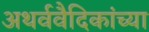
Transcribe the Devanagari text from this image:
अथर्ववैदिकांच्या